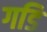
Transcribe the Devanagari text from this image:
गडि